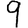
Digit: 9